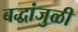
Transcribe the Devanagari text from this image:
बद्धांजुळी